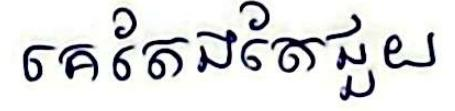
គេតែងតែជួយ